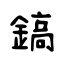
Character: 鎬